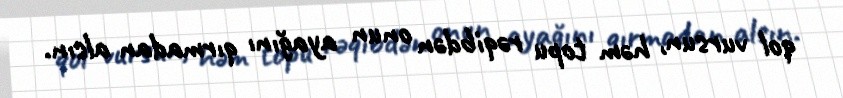
qol vursun, həm topu rəqibdən onun ayağını qırmadan alsın.